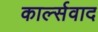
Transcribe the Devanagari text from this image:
कार्ल्सवाद